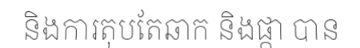
និងការតុបតែឆាក និងផ្កា បាន